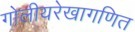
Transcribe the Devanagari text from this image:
गोलीयरेखागणित